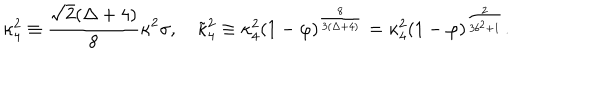
\kappa _ { 4 } ^ { 2 } \equiv \frac { \sqrt { 2 } ( \Delta + 4 ) } { 8 } \kappa ^ { 2 } \sigma , \quad \tilde { \kappa } _ { 4 } ^ { 2 } \equiv \kappa _ { 4 } ^ { 2 } ( 1 - \varphi ) ^ { \frac { 8 } { 3 ( \Delta + 4 ) } } = \kappa _ { 4 } ^ { 2 } ( 1 - \varphi ) ^ { \frac { 2 } { 3 b ^ { 2 } + 1 } } .